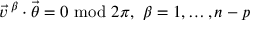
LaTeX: \vec { v } \, ^ { \beta } \cdot \vec { \theta } = 0 \mathrm { ~ m o d ~ } 2 \pi , \ \beta = 1 , \ldots , n - p